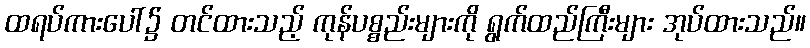
ထရပ်ကားပေါ်၌ တင်ထားသည့် ကုန်ပစ္စည်းများကို ရွက်ထည်ကြီးများ အုပ်ထားသည်။